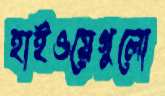
হাইওয়েগুলো